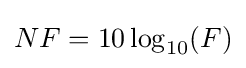
NF=10\log _{10}(F)